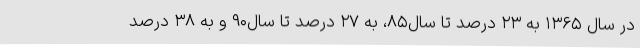
در سال ۱۳۶۵ به ۲۳ درصد تا سال۸۵، به ۲۷ درصد تا سال۹۰ و به ۳۸ درصد